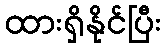
ထားရှိနိုင်ပြီး